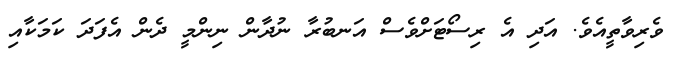
ވެރިވާތީއެވެ. އަދި އެ ރިސޯޓަށްވެސް އަނބުރާ ނުދާން ނިންމީ ދެން އެފަދަ ކަމަކާއި